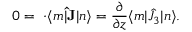
0 = { \bf \nabla \cdot } \langle m | { \bf \hat { J } } | n \rangle = { \frac { \partial } { \partial z } } \langle m | \hat { J } _ { 3 } | n \rangle .